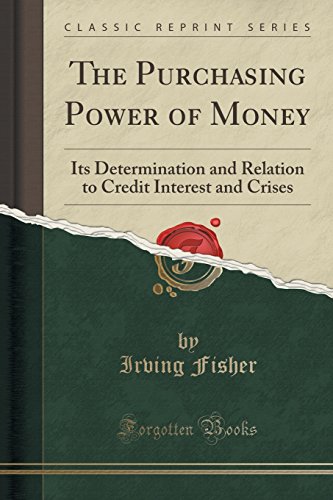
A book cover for The Purchasing Power of Money: Its Determination and Relation to Credit Interest and Crises (Classic Reprint); Irving Fisher; Business & Money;